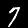
Digit: 7